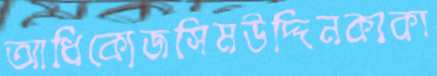
আধিক্যেজসিমউদ্দিনকাকা